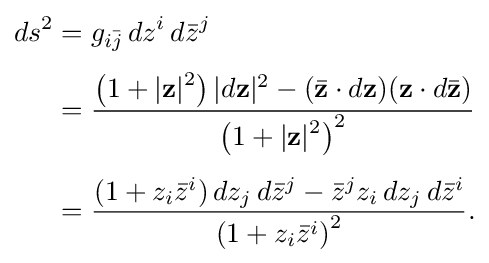
{\begin{aligned}ds^{2}&=g_{i{\bar {j}}}\,dz^{i}\,d{\bar {z}}^{j}\\[4pt]&={\frac {\left(1+|\mathbf {z} |{\vphantom {l}}^{2}\right)|d\mathbf {z} |^{2}-({\bar {\mathbf {z} }}\cdot d\mathbf {z} )(\mathbf {z} \cdot d{\bar {\mathbf {z} }})}{\left(1+|\mathbf {z} |{\vphantom {l}}^{2}\right)^{2}}}\\[4pt]&={\frac {(1+z_{i}{\bar {z}}^{i})\,dz_{j}\,d{\bar {z}}^{j}-{\bar {z}}^{j}z_{i}\,dz_{j}\,d{\bar {z}}^{i}}{\left(1+z_{i}{\bar {z}}^{i}\right)^{2}}}.\end{aligned}}